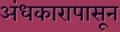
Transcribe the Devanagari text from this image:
अंधकारापासून